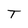
Character: T